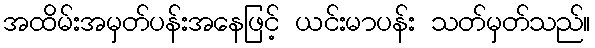
အထိမ်းအမှတ်ပန်းအနေဖြင့် ယင်းမာပန်း သတ်မှတ်သည်။